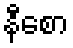
နီစော